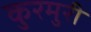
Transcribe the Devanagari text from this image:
कुरमुरी